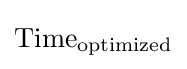
{\text{Time}}_{\text{optimized}}